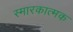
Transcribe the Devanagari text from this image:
स्मारकात्मक